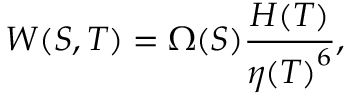
{ W ( S , T ) = { \Omega ( S ) { \frac { H ( T ) } { { \eta ( T ) } ^ { 6 } } } } } ,